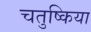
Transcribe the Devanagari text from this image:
चतुष्किया